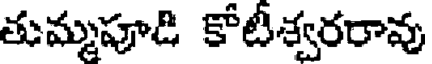
తుమ్మపూడి కోటిశ్వరరావు